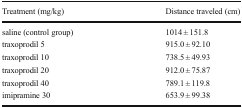
<table><thead><tr><td><b>Treatment (mg/kg)</b></td><td><b>Distance traveled (cm)</b></td></tr></thead><tbody><tr><td>saline (control group)</td><td>1014 ± 151.8</td></tr><tr><td>traxoprodil 5</td><td>915.0 ± 92.10</td></tr><tr><td>traxoprodil 10</td><td>738.5 ± 49.93</td></tr><tr><td>traxoprodil 20</td><td>912.0 ± 75.87</td></tr><tr><td>traxoprodil 40</td><td>789.1 ± 119.8</td></tr><tr><td>imipramine 30</td><td>653.9 ± 99.38</td></tr></tbody></table>